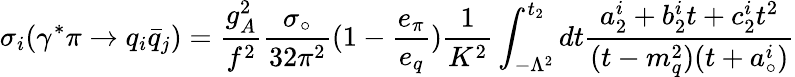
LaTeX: \sigma_{i}(\gamma^{*}\pi\rightarrow q_{i}\bar{q}_{j})=\frac{g_{A}^{2}}{f^{2}}\frac{\sigma_{\circ}}{32\pi^{2}}(1-\frac{e_{\pi}}{e_{q}})\frac{1}{K^{2}}\int_{-\Lambda^{2}}^{t_{2}}dt\frac{a_{2}^{i}+b_{2}^{i}t+c_{2}^{i}t^{2}}{(t-m_{q}^{2})(t+a_{\circ}^{i})}